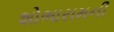
શોભારામની